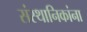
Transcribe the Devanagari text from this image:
संस्थानिकांना